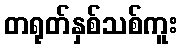
တရုတ်နှစ်သစ်ကူး